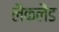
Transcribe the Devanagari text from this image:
लैकलैंड